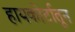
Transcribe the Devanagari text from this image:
हायकोर्टातून